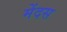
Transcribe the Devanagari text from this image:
मेंदस